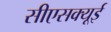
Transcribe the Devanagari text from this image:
सीएसक्यूई